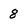
Character: 8